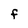
Character: F